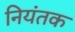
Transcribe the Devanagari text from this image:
नियंतक